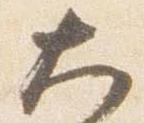
大